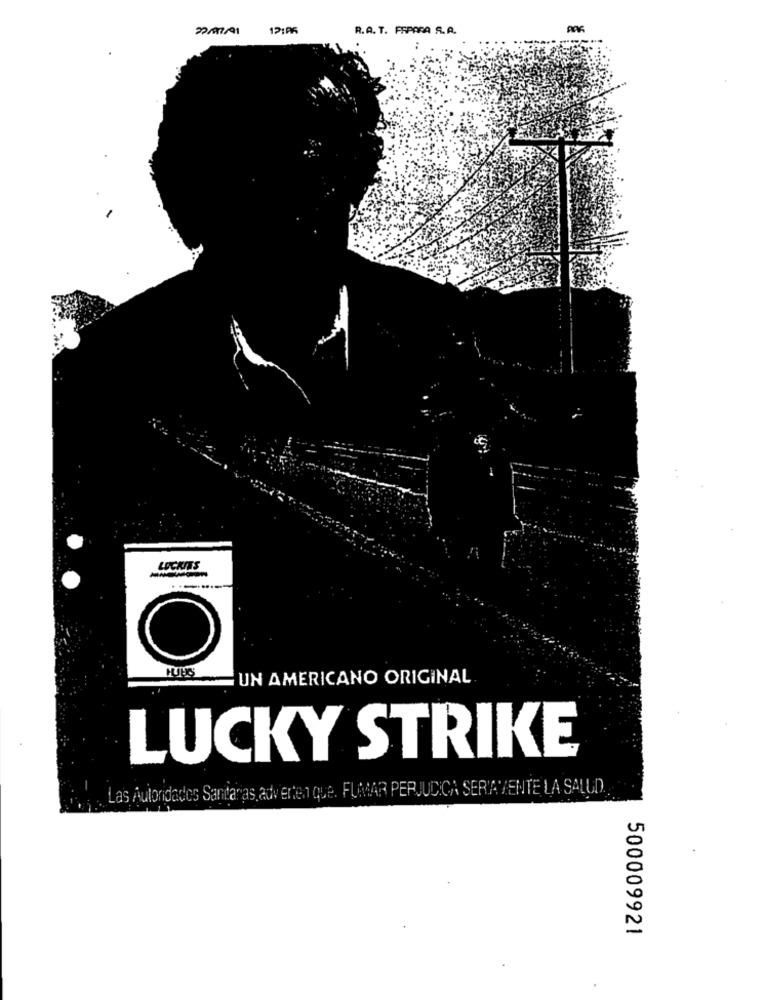
22/917/91
12:06
R.A. T. PEPARA S.A.
LOCKITS
C
UN AMERICANO ORIGINAL
LUCKY STRIKE
Las Autoridades Sanitarias adverten que. FUMAR PERJUDICA SERIAMENTE LA SALUD
500009921